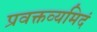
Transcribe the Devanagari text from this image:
प्रवक्तव्यमिदं